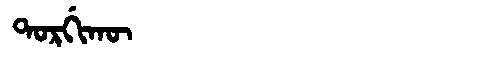
Manchu: ᡨᠣᡵᡤᡳᡴᡡ
Romanization: TORGIKŪ